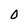
Character: O